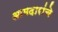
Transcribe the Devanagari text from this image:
आमदारांचे